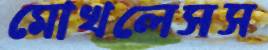
মোখলেসস